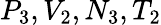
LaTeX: P_{3},V_{2},N_{3},T_{2}